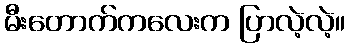
မီးတောက်ကလေးက ပြာလဲ့လဲ့။